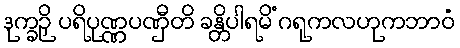
ဒုက္ခဉှိ ပရိပုဏ္ဏပဏှီတိ ခန္တိပါရမိံ ဂရုကလဟုကဘာဝံ